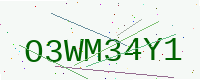
Text: O3WM34Y1